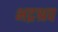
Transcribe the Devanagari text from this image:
भद्रश्रव